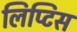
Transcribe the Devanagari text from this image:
लिप्टिस